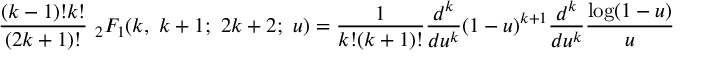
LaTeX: \frac { ( k - 1 ) ! k ! } { ( 2 k + 1 ) ! } { \ } _ { 2 } F _ { 1 } ( k , \ k + 1 ; \ 2 k + 2 ; \ u ) = \frac { 1 } { k ! ( k + 1 ) ! } \frac { d ^ { k } } { d u ^ { k } } ( 1 - u ) ^ { k + 1 } \frac { d ^ { k } } { d u ^ { k } } \frac { \log ( 1 - u ) } { u }